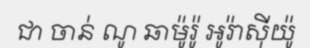
ជា ចាន់ ណូ ឆាម៉ូរ៉ូ អូរ៉ាស៊ីយ៉ូ